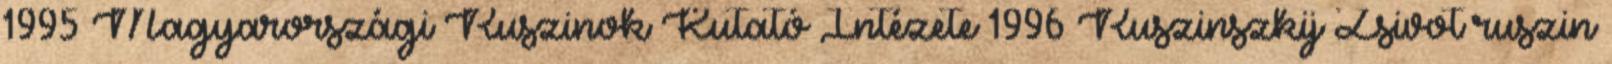
1995 Magyarországi Ruszinok Kutató Intézete 1996 Ruszinszkij Zsivot ruszin